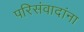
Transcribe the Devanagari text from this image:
परिसंवादांना